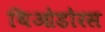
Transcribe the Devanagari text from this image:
थिओडोरस